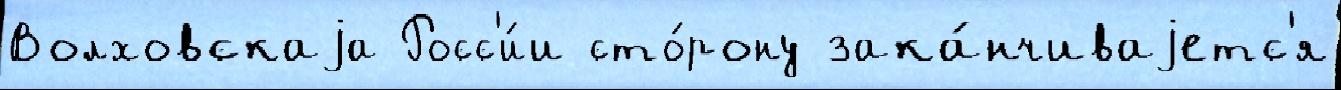
Волховскаjа Росс'и́и сто́рону зака́нчиваjетс'я